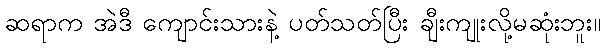
ဆရာက အဲဒီ ကျောင်းသားနဲ့ ပတ်သတ်ပြီး ချီးကျုးလို့မဆုံးဘူး။